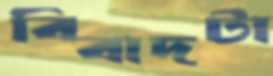
বিবাদটা